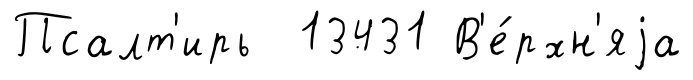
Псалт'ирь 13431 В'е́рхн'яjа